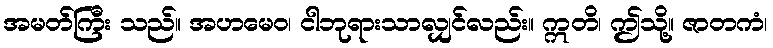
အမတ်ကြီး သည်။ အဟမေဝ၊ ငါဘုရားသာလျှင်လည်း။ ဣတိ၊ ဤသို့။ ဇာတကံ၊